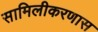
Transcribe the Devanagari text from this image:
सामिलीकरणास